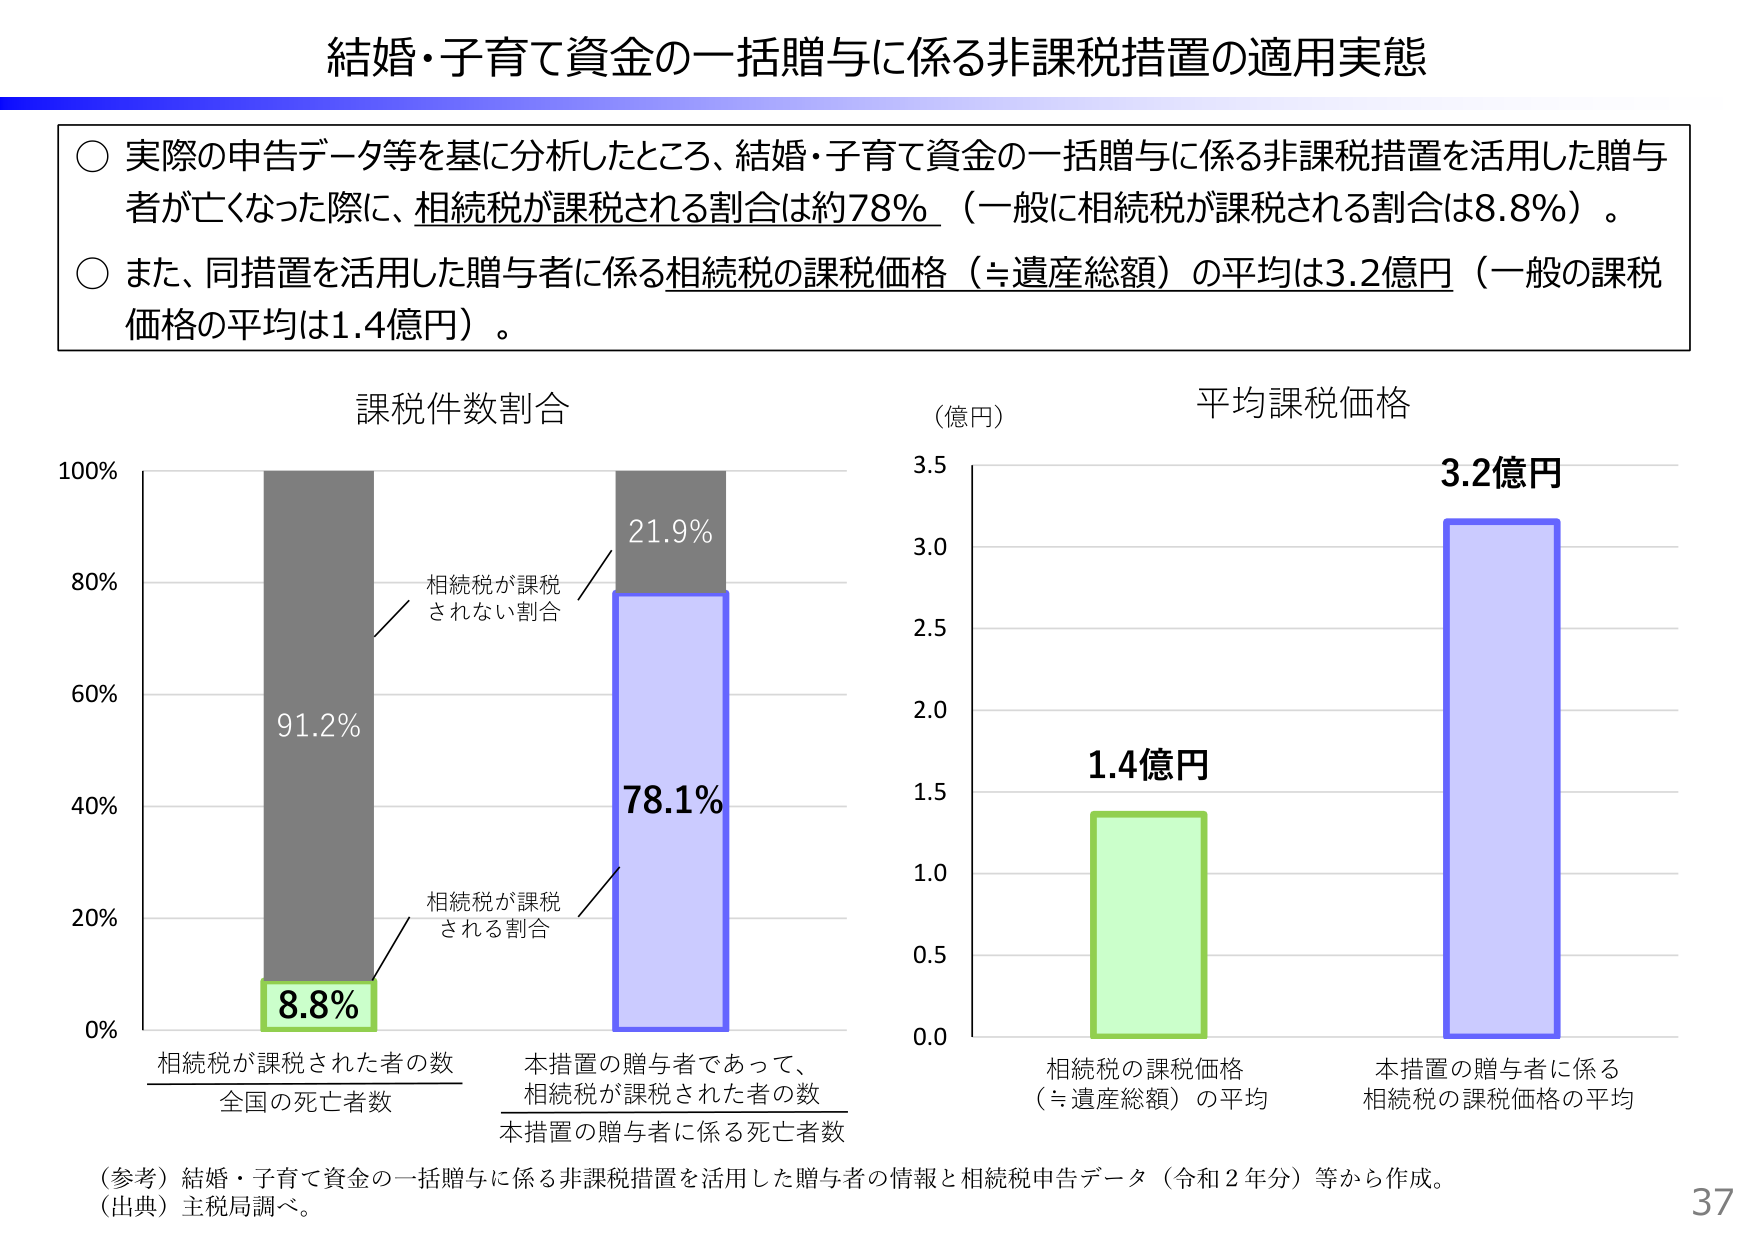
結婚・子育て資金の一括贈与に係る非課税措置の適用実態

○ 実際の申告データ等を基に分析したところ、結婚・子育て資金の一括贈与に係る非課税措置を活用した贈与者が亡くなった際に、相続税が課税される割合は約78％（一般に相続税が課税される割合は8.8％）。

○ また、同措置を活用した贈与者に係る相続税の課税価格（≒遺産総額）の平均は3.2億円（一般の課税価格の平均は1.4億円）。

課税件数割合

100%
80%
60%
40%
20%
0%

相続税が課税されない割合
91.2%
相続税が課税される割合
8.8%

相続税が課税された者の数
全国の死亡者数

本措置の贈与者であって、
相続税が課税された者の数
本措置の贈与者に係る死亡者数

21.9%
78.1%

（億円）
平均課税価格

3.5
3.0
2.5
2.0
1.5
1.0
0.5
0.0

1.4億円

相続税の課税価格
（≒遺産総額）の平均

3.2億円

本措置の贈与者に係る
相続税の課税価格の平均

（参考）結婚・子育て資金の一括贈与に係る非課税措置を活用した贈与者の情報と相続税申告データ（令和２年分）等から作成。
（出典）主税局調べ。

37